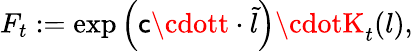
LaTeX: F_{t}:=\exp\left(\mathsf{c}\cdott\cdot\tilde{{l}}\right)\cdotK_{t}(l),